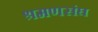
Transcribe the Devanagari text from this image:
श्रमणसंघ